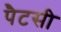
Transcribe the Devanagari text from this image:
पैटसी